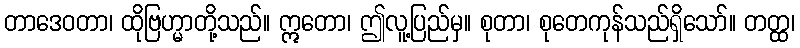
တာဒေဝတာ၊ ထိုဗြဟ္မာတို့သည်။ ဣတော၊ ဤလူ့ပြည်မှ။ စုတာ၊ စုတေကုန်သည်ရှိသော်။ တတ္ထ၊